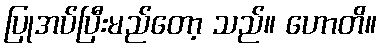
ပြုအပ်ပြီးမည်တော့ သည်။ ဟောတိ။